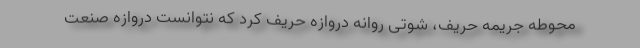
محوطه جریمه حریف، شوتی روانه دروازه‌ حریف کرد که نتوانست دروازه صنعت